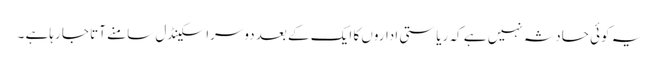
یہ کوئی حادثہ نہیں ہے کہ ریاستی اداروں کا ایک کے بعد دوسرا سکینڈل سامنے آتا جا رہاہے ۔